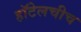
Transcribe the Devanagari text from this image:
हॉटेलचीच